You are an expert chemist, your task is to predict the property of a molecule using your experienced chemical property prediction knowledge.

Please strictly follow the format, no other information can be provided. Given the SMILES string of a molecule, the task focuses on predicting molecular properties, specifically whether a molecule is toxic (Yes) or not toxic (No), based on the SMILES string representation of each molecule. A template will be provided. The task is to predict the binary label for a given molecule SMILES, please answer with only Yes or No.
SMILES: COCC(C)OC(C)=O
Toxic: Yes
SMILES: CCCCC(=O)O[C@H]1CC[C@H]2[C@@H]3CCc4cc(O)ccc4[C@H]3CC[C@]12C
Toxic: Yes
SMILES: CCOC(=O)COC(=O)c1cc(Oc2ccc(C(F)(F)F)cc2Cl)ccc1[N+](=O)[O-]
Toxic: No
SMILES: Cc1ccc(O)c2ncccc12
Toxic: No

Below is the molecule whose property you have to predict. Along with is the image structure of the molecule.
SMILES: C=C1C(=O)O[C@H]2[C@H]1CCC(C)=CCC[C@@]1(C)O[C@@H]21
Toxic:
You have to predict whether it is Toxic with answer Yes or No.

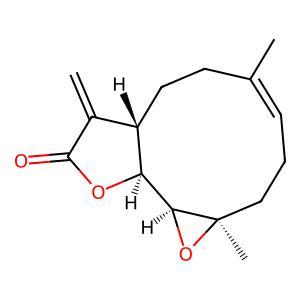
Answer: No